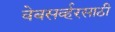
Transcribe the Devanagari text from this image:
वेबसर्व्हरसाठी